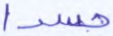
جسدا